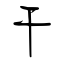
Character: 干